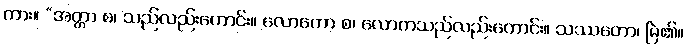
ကား။ “အတ္တာ စ၊ သည်လည်းကောင်း။ လောကော စ၊ လောကသည်လည်းကောင်း။ သဿတော၊ မြဲ၏။